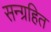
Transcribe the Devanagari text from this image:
सन्ग्रहित